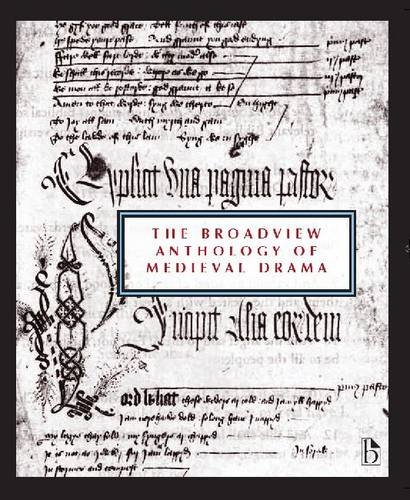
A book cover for The Broadview Anthology of Medieval Drama; Literature & Fiction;